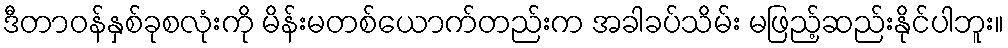
ဒီတာဝန်နှစ်ခုစလုံးကို မိန်းမတစ်ယောက်တည်းက အခါခပ်သိမ်း မဖြည့်ဆည်းနိုင်ပါဘူး။